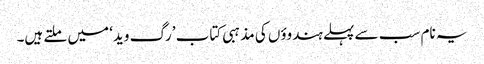
یہ نام سب سے پہلے ہندوؤں کی مذہبی کتاب ’رگ وید‘ میں ملتے ہیں۔